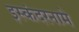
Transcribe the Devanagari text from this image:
इस्कंदरनामे